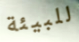
للبيئة